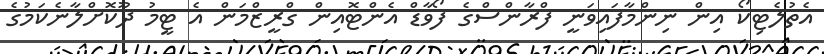
އެތުލެޓިކޯ އިން ނިންމާފައިވަނީ ފްރާންސްގެ ފޯވާޑް އެންޓޮއިން ގްރީޒްމަން އެ ޓީމު ދޫކޮށްލާނެކަމުގެ